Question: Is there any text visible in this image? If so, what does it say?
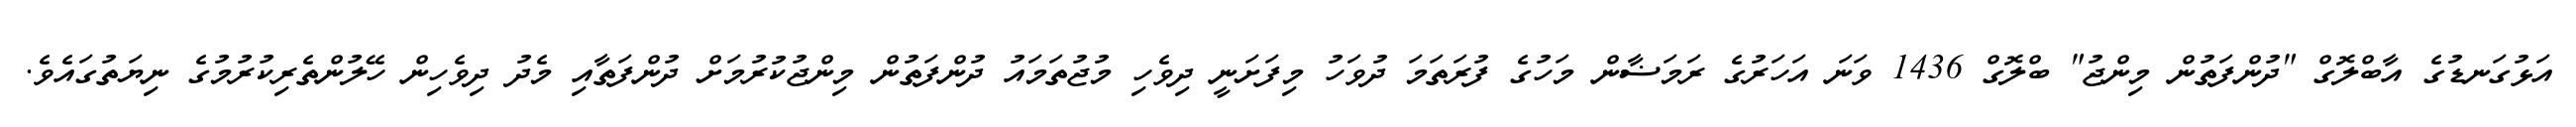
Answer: އަޅުގަނޑުގެ އާބްލޮގް "ދުންފަތުން މިންޖު" ބްލޮގް 1436 ވަނަ އަހަރުގެ ރަމަޟާން މަހުގެ ފުރަތަމަ ދުވަހު މިފަށަނީ ދިވެހި މުޖުތަމައު ދުންފަތުން މިންޖުކުރުމަށް ދުންފަތާއި މެދު ދިވެހިން ހޭލުންތެރިކުރުމުގެ ނިޔަތުގައެވެ.